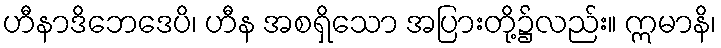
ဟီနာဒိဘေဒေပိ၊ ဟီန အစရှိသော အပြားတို့၌လည်း။ ဣမာနိ၊